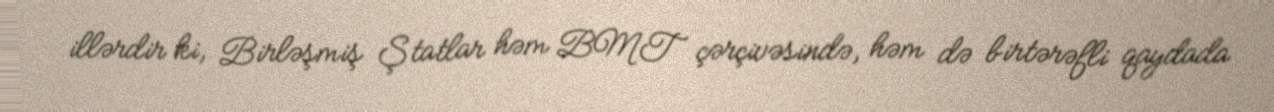
illərdir ki, Birləşmiş Ştatlar həm BMT çərçivəsində, həm də birtərəfli qaydada